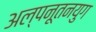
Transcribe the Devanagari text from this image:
अल्पनूतनयुग